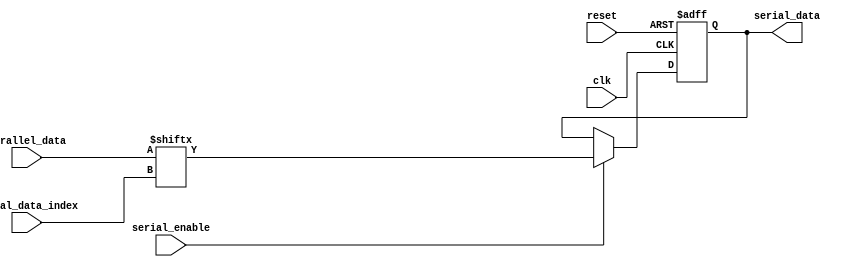
/*
* ----------------------------- Ports' Definition -----------------------------
* ----------------------------- Inputs -----------------------------
* clk:               Generated clock produced from the clock divider whose source clock is
*                    UART clock.
* reset:             Global active low asynchronous reset after synchronization.
* parallel_data:     The data to be transmitted by the UART transmitter.
* serial_enable:     A signal to enable the operation of the serializer.
* serial_data_index: A number between 0 and 7 that indicates the index of the bit to be 
*                    transmitted serially.
*
* ----------------------------- Outputs -----------------------------
* serial_data:       The bit that is serially transmitted from the UART transmitter.
*/

module serializer #(
    parameter DATA_WIDTH = 8
)
(
    input clk,
    input reset,
    input [DATA_WIDTH - 1:0] parallel_data,
    input serial_enable,
    input [$clog2(DATA_WIDTH) - 1:0] serial_data_index,
    
    output reg serial_data
);

    // The 'D' signal of the serial data register (output signal)
    wire D_serial_data;

    assign D_serial_data = parallel_data[serial_data_index];

    // Serial data register
    always @(posedge clk or negedge reset) begin
        if (~reset) begin
            serial_data <= 1'b0;
        end
        else if (serial_enable) begin
            serial_data <= D_serial_data;
        end
    end


endmodule